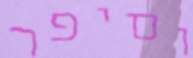
וסיפר